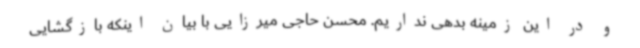
و در این زمینه بدهی نداریم. محسن حاجی میرزایی با بیان اینکه بازگشایی